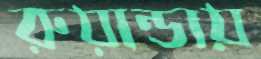
রুয়ান্ডায়